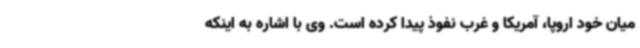
میان خود اروپا، آمریکا و غرب نفوذ پیدا کرده است. وی با اشاره به اینکه